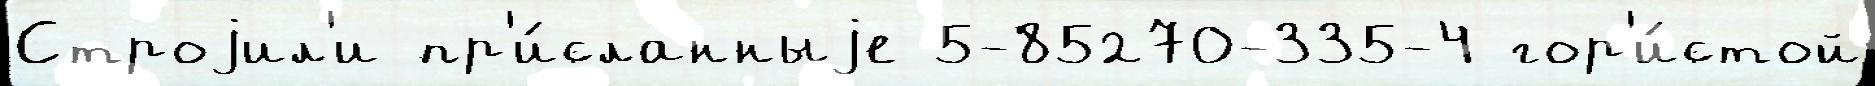
Строjил'и пр'и́сланныjе 5-85270-335-4 гор'и́стой